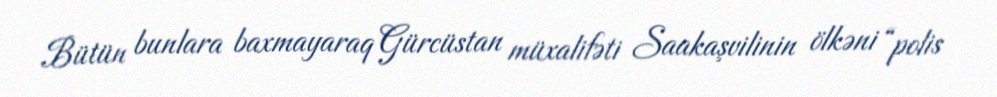
Bütün bunlara baxmayaraq Gürcüstan müxalifəti Saakaşvilinin ölkəni “polis